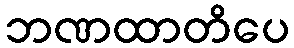
ဘဏထာတိပေ